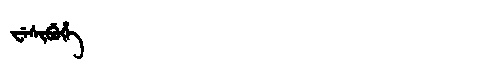
Manchu: ᠸᡝᠰᡳᠪᡠᡥᡝ
Romanization: WESIBUHE